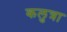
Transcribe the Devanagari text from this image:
कलुत्रा